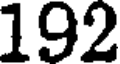
192